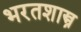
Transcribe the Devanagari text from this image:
भरतशास्त्र